Civil Veterinary Department Bihar & Orissa reports 1911-21 - 1911-1921
Year: 1911
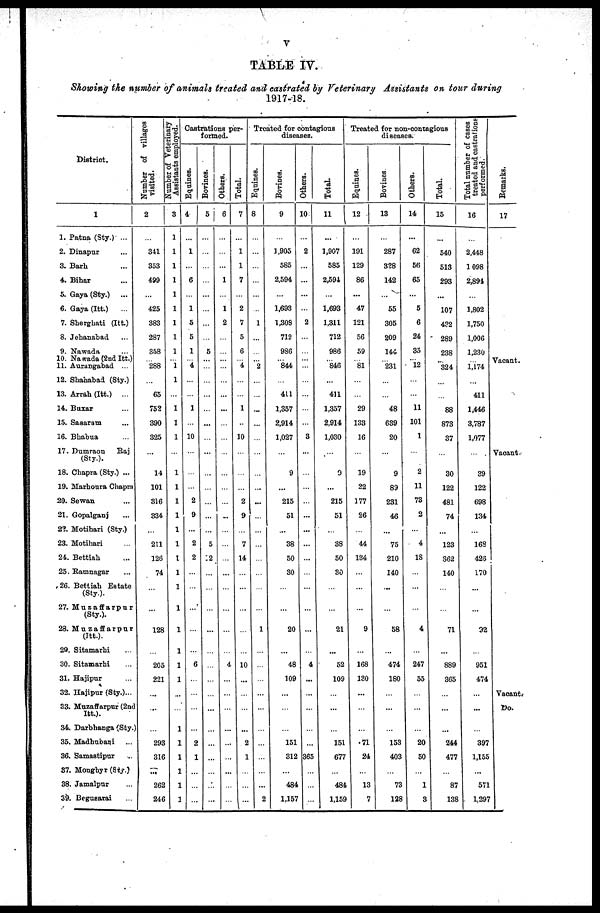
V
TABLE IV.
Showing the number of animals treated and castrated by Veterinary Assistants on tour during
1917-18.
District.
1
1. Patna (Sty.) ...
2. Dinapur ...
3. Barh ...
4. Bihar
5. Gaya (Sty.)
...
6. Gaya (Itt.) ...
7. Sherghati (Itt.)
8. Jehanabad ...
0. Nawada ...
10. Nawada(2nd Itt.)
11. Aurangabad ...
12. Shahabad (Sty.)
13. Arrah (Itt.) ...
14. Buxar ...
15. Sasaram ...
16. Bhabua ...
17. Dumraon Raj
(Sty.).
18. Chapra (Sty.) ...
19. Marhoura Chapra
20. Sewan ...
21. Gopalganj ...
22. Motihari (Sty.)
23. Motiliari ..
24. Bettiah ...
25. Ramnagar ...
26. Bettiah Estate
(Sty).
27. Muzaffarpur
(Sty.).
28. Muzaffarpur
(Itt.).
29. Sitamarhi ...
30. Sitamarhi ...
31. Hajipur ...
32. Hajipur (Sty.)...
33. Muzaffarpur (2nd
Itt.).
34. Darbhanga (Sty.
35. Madhnbani ...
36. Samastipur ...
37. Mongbyr (Sty.)
38. Jamalpur ...
39. Bogusarai..
Number of villages
visited.
2
...
341
353
499
...
425
383
287
358
288
...
65
752
390
325
...
14
101
316
334
...
211
126
74
...
...
128
...
205
221
...
...
...
293
316
...
262
246
Number of Veterinary
Assistants employed.
3
1
1
1
1
1
1
1
1
1
1
1
1
1
1
1
1
...
1
1
1
1
1
1
1
1
1
1
1
1
1
1
1
1
1
1
1
1
1
1
Castrations per
formed.
Equines.
4 |
...
1
...
6
...
1
5
5
1
...
4
...
...
1
...
10
...
...
...
...
2
9
......
2
2
...
...
...
...
...
6
...
...
...
...
2
1
...
...
...
Bovines.
5
...
...
...
...
...
...
...
...
5
...
...
...
...
...
...
...
...
...
...
...
...
...
...
5
2
...
...
...
...
...
...
...
...
...
...
...
...
...
...
...
Others.
6
...
...
...
1
...
1
2
...
...
...
...
...
...
...
...
...
...
...
...
...
...
...
...
...
...
...
...
...
...
...
4
...
...
...
...
...
...
...
...
...
Total.
7
...
1
1
7
...
2
7
5
6
...
4
...
...
1
...
10
...
...
...
...
2
9
...
7
14
...
...
...
...
...
10
...
...
...
...
2
1
...
...
...
Treated for contagious
diseases.
Equines.
8
...
...
...
...
...
...
1
...
...
...
2
...
...
...
...
...
...
...
...
...
...
...
...
...
...
...
...
...
1
...
■...
...
...
...
...
...
...
...
...
2
Bovines.
9
...
1,903
585
2.594
...
1,693
1,308
712
986
...
844
...
411
1,357
2,914
1,027
...
...
9
...
215
51
...
38
50
30
...
...
20
...
48
109
...
...
...
151
312
...
484
1,157
Others.
10
...
2
...
...
...
...
2
...
...
...
...
...
...
...
...
3
...
...
...
...
...
...
...
...
...
...
...
...
...
...
4
...
...
...
...
365
...
...
...
Total.
11
...
1,907
585
2,594
...
1,693
1,311
712
986
...
846
...
411
1,357
2,914
1,030
...
...
9
...
215
51
...
38
50
30
...
...
21
...
52
109
...
...
...
151
677
...
481
1,159
Treated for non-contagious
diseases.
Equines.
12
...
191
129
86
...
47
121
56
59
...
81
...
...
29
133
16
...
...
19
22
177
26
...
44
134
...
...
...
9
...
163
130
...
...
...
71
24
...
13
7
Bovines
13
...
287
328
142
...
55
305
209
144
...
231
...
...
48
639
20
...
...
9
89
231
46
...
75
210
140
...
...
58
...
474
180
...
...
...
153
403
...
73
128
Others.
14
...
62
56
65
...
5
6
24
35
...
l2
...
...
11
101
1
...
...
2
11
73
2
...
4
18
...
...
...
4
...
247
55
...
...
...
20
50
...
1
3
Total.
15
...
540
513
293
...
107
4?2
289
238
...
324
...
...
88
873
37
...
...
30
122
481
74
...
123
362
140
...
...
71
...
889
365
...
...
...
244
477
...
87
138
Total number of cases
treated and castrations-
performed.
16
...
2,448
1098
2,891
...
1,802
1,750
1,006
1,230
...
1,174
...
411
1,446
3,787
1,077
...
...
39
122
698
134
...
168
423
170
...
...
92
...
951
474
...
...
...
397
1,155
...
571
1,297
Remarks.
17
Vacant.
Vacant-
Vacant.
Do.